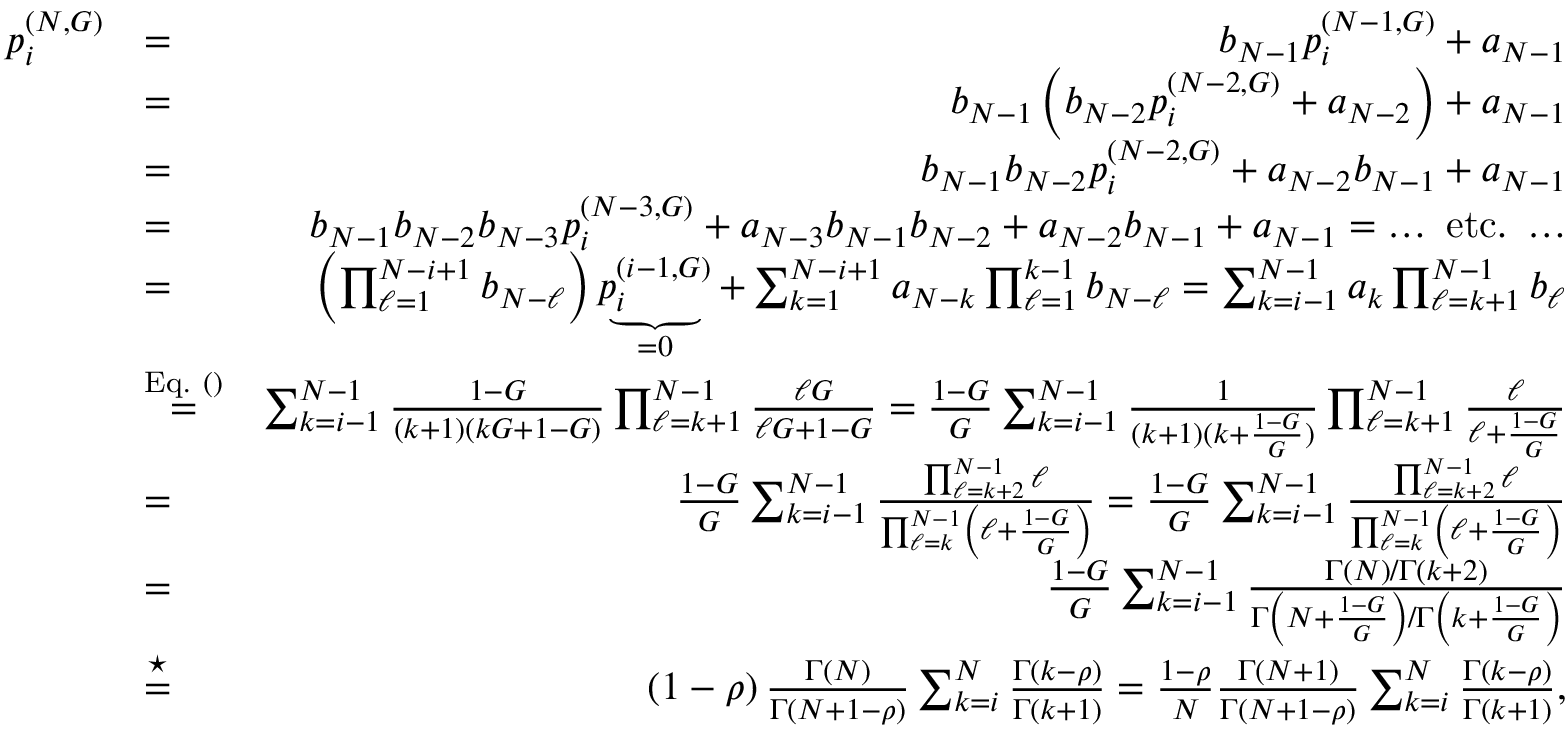
\begin{array} { r l r } { p _ { i } ^ { ( N , G ) } } & { = } & { b _ { N - 1 } p _ { i } ^ { ( N - 1 , G ) } + a _ { N - 1 } } \\ & { = } & { b _ { N - 1 } \left( b _ { N - 2 } p _ { i } ^ { ( N - 2 , G ) } + a _ { N - 2 } \right) + a _ { N - 1 } } \\ & { = } & { b _ { N - 1 } b _ { N - 2 } p _ { i } ^ { ( N - 2 , G ) } + a _ { N - 2 } b _ { N - 1 } + a _ { N - 1 } } \\ & { = } & { b _ { N - 1 } b _ { N - 2 } b _ { N - 3 } p _ { i } ^ { ( N - 3 , G ) } + a _ { N - 3 } b _ { N - 1 } b _ { N - 2 } + a _ { N - 2 } b _ { N - 1 } + a _ { N - 1 } = \mathrm { \dots ~ e t c . ~ \dots } } \\ & { = } & { \left( \prod _ { \ell = 1 } ^ { N - i + 1 } b _ { N - \ell } \right) \underbrace { p _ { i } ^ { ( i - 1 , G ) } } _ { = 0 } + \sum _ { k = 1 } ^ { N - i + 1 } a _ { N - k } \prod _ { \ell = 1 } ^ { k - 1 } b _ { N - \ell } = \sum _ { k = i - 1 } ^ { N - 1 } a _ { k } \prod _ { \ell = k + 1 } ^ { N - 1 } b _ { \ell } } \\ & { \stackrel { \mathrm { E q . ~ ( ) } } { = } } & { \sum _ { k = i - 1 } ^ { N - 1 } \frac { 1 - G } { ( k + 1 ) ( k G + 1 - G ) } \prod _ { \ell = k + 1 } ^ { N - 1 } \frac { \ell G } { \ell G + 1 - G } = \frac { 1 - G } { G } \sum _ { k = i - 1 } ^ { N - 1 } \frac { 1 } { ( k + 1 ) ( k + \frac { 1 - G } { G } ) } \prod _ { \ell = k + 1 } ^ { N - 1 } \frac { \ell } { \ell + \frac { 1 - G } { G } } } \\ & { = } & { \frac { 1 - G } { G } \sum _ { k = i - 1 } ^ { N - 1 } \frac { \prod _ { \ell = k + 2 } ^ { N - 1 } \ell } { \prod _ { \ell = k } ^ { N - 1 } \left( \ell + \frac { 1 - G } { G } \right) } = \frac { 1 - G } { G } \sum _ { k = i - 1 } ^ { N - 1 } \frac { \prod _ { \ell = k + 2 } ^ { N - 1 } \ell } { \prod _ { \ell = k } ^ { N - 1 } \left( \ell + \frac { 1 - G } { G } \right) } } \\ & { = } & { \frac { 1 - G } { G } \sum _ { k = i - 1 } ^ { N - 1 } \frac { \Gamma ( N ) / \Gamma ( k + 2 ) } { \Gamma \left( N + \frac { 1 - G } { G } \right) / \Gamma \left( k + \frac { 1 - G } { G } \right) } } \\ & { \stackrel { \star } { = } } & { \left( 1 - \rho \right) \frac { \Gamma ( N ) } { \Gamma \left( N + 1 - \rho \right) } \sum _ { k = i } ^ { N } \frac { \Gamma \left( k - \rho \right) } { \Gamma ( k + 1 ) } = \frac { 1 - \rho } { N } \frac { \Gamma ( N + 1 ) } { \Gamma \left( N + 1 - \rho \right) } \sum _ { k = i } ^ { N } \frac { \Gamma \left( k - \rho \right) } { \Gamma ( k + 1 ) } , } \end{array}